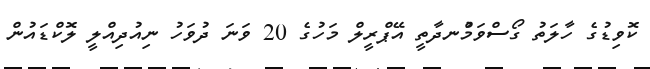
ކޮވިޑުގެ ހާލަތު ގޯސްވަމުްނދާތީ އޭޕްރީލް މަހުގެ 20 ވަނަ ދުވަހު ނިއުދިއްލީ ލޮކްޑައުން